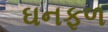
ઘનફળ